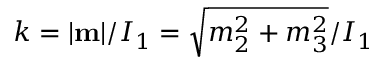
k = | { \bf m } | / I _ { 1 } = \sqrt { m _ { 2 } ^ { 2 } + m _ { 3 } ^ { 2 } } / I _ { 1 }